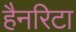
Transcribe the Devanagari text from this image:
हैनरिटा